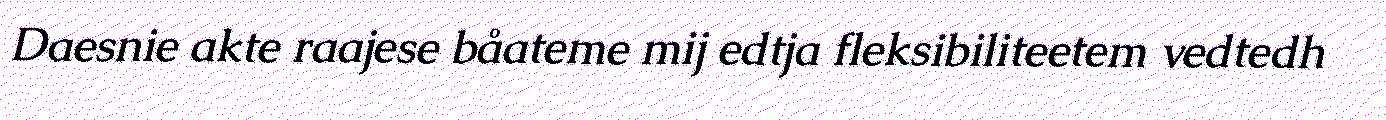
Daesnie akte raajese båateme mij edtja fleksibiliteetem vedtedh